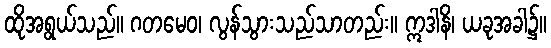
ထိုအရွယ်သည်။ ဂတမေဝ၊ လွန်သွားသည်သာတည်း။ ဣဒါနိ၊ ယခုအခါ၌။